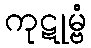
ကုဋုမ္ဗံ